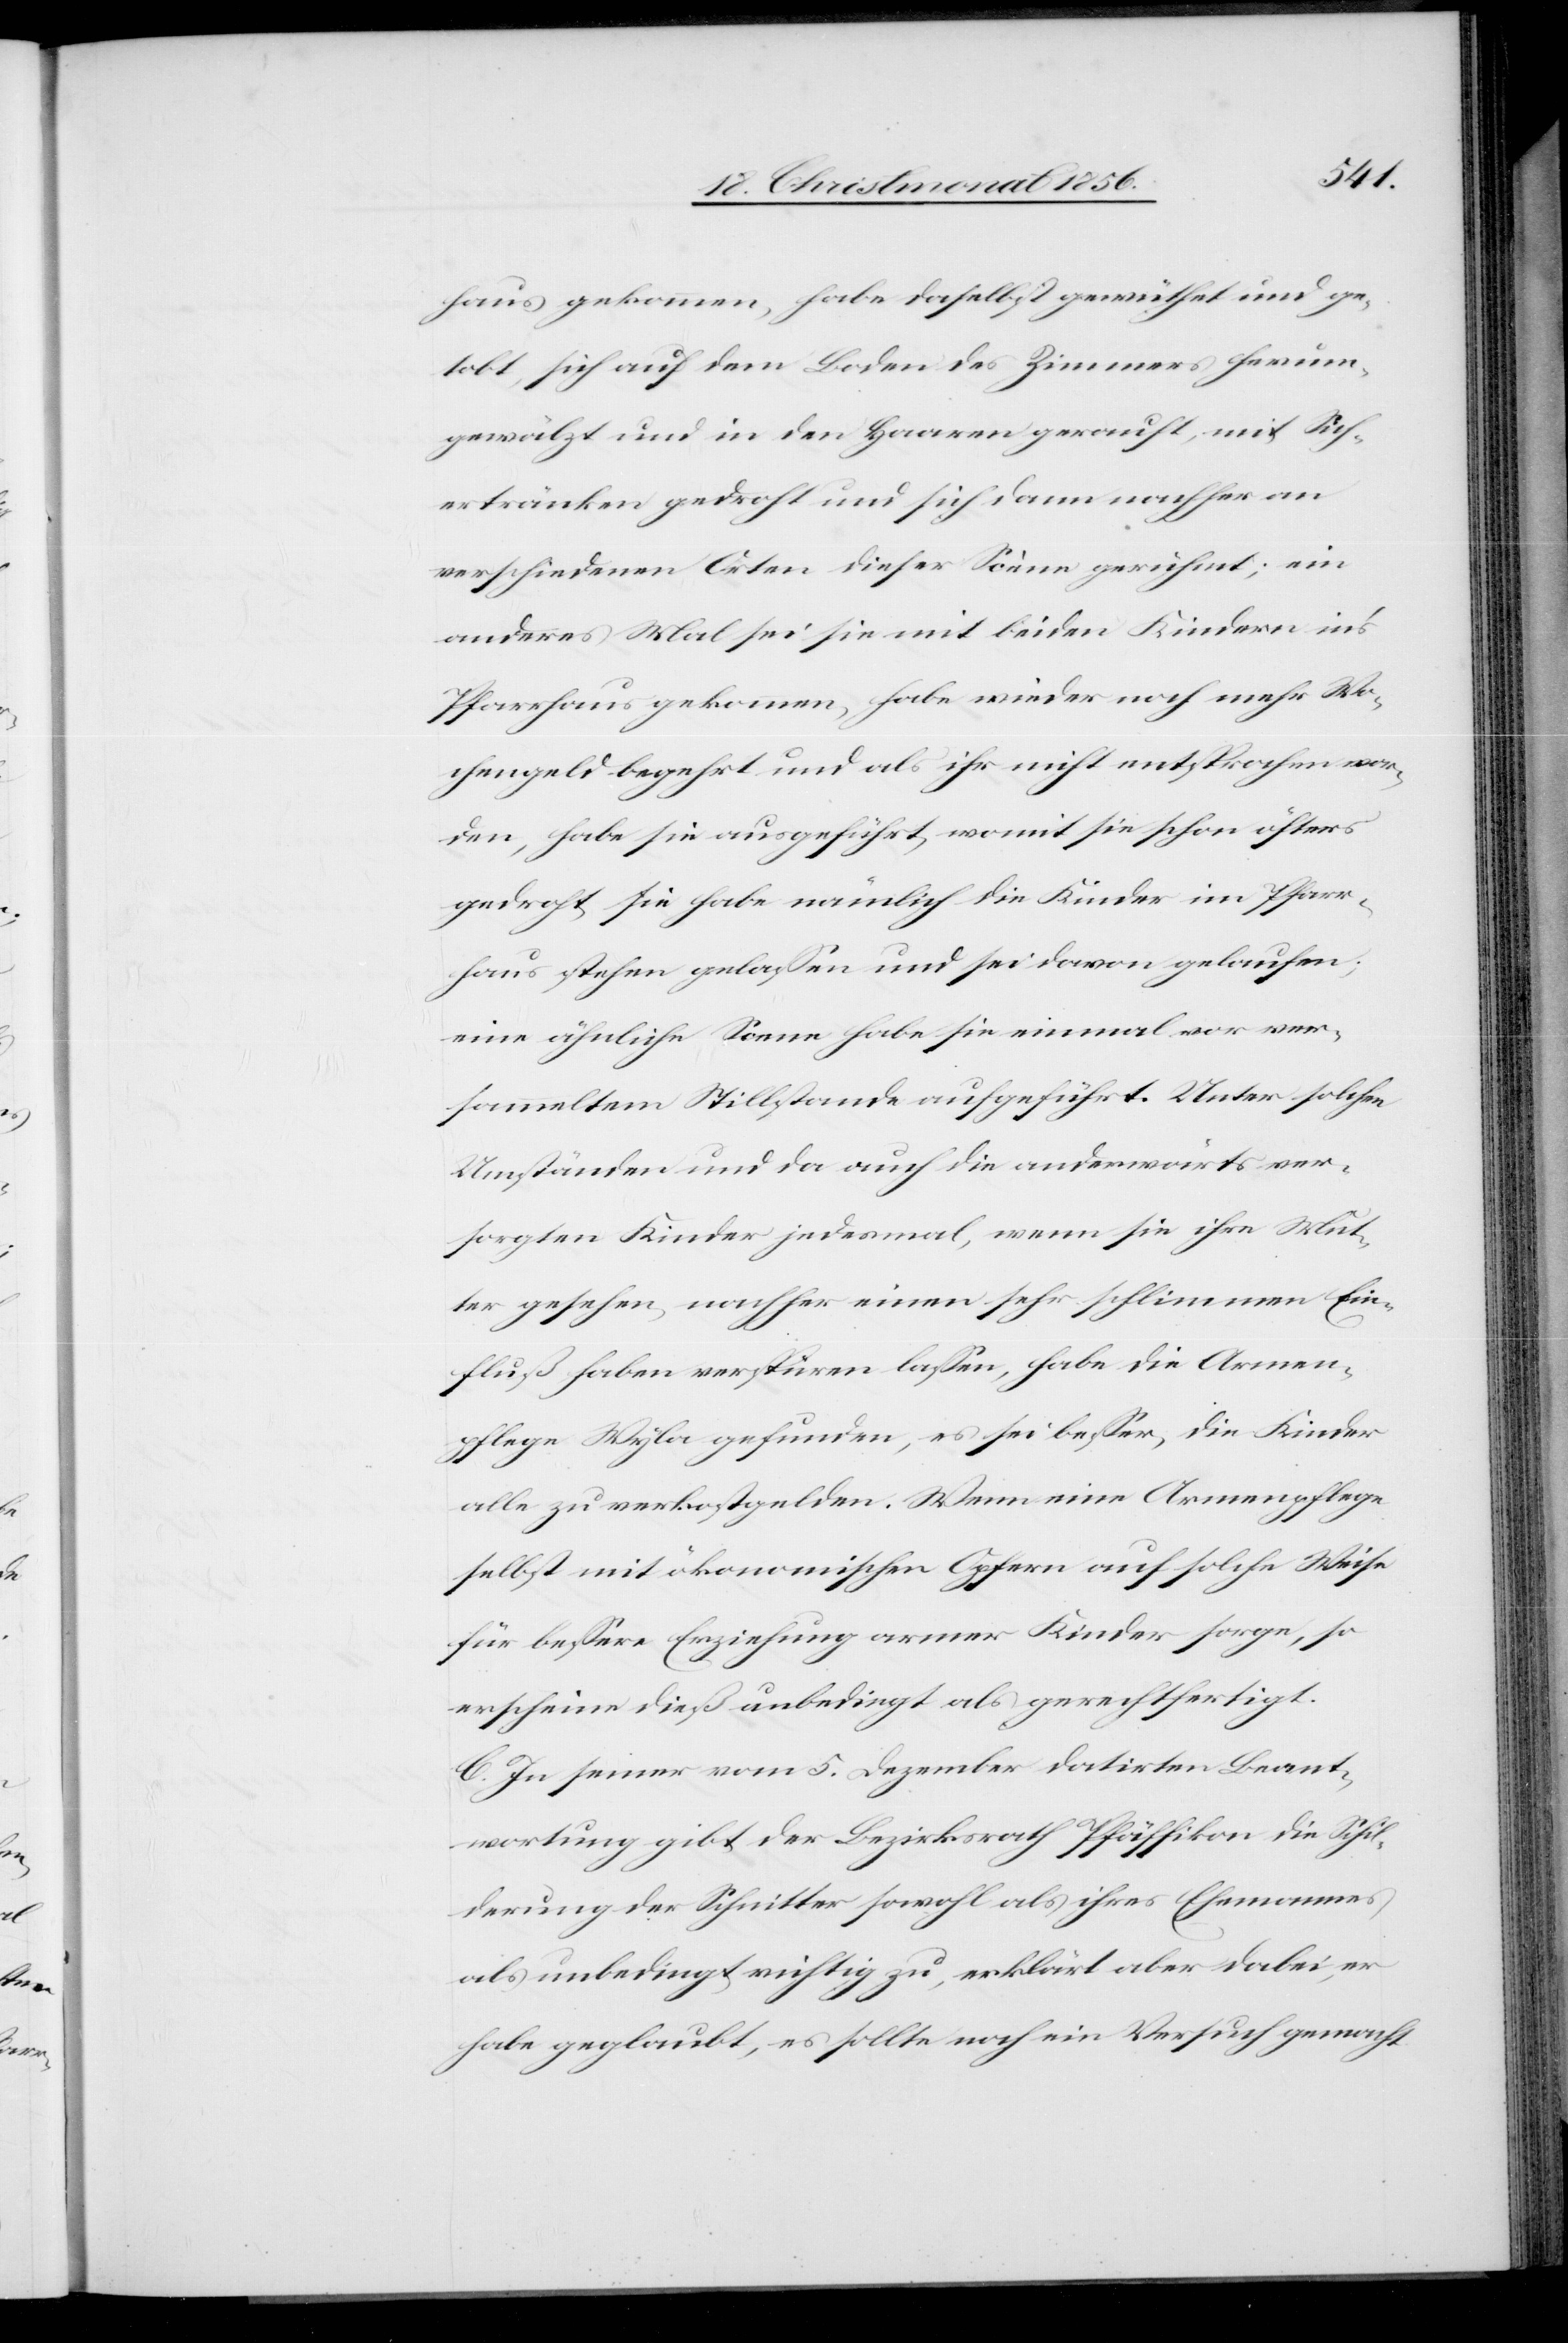
haus gekommen, habe daselbst gewüthet und ge¬
tobt, sich auf dem Boden des Zimmers herum¬
gewälzt und in den Haaren gerauft; mit Sich¬
ertränken gedroht und sich dann nachher an
verschiedenen Orten dieser Scène gerühmt; ein
anderes Mal sei sie mit beiden Kindern in's
Pfarrhaus gekommen, habe wieder noch mehr Wo¬
chengeld begehrt und als ihr nicht entsprochen wor¬
den, habe sie ausgeführt, womit sie schon öfters
gedroht, sie habe nämlich die Kinder im Pfarr¬
haus stehen gelassen und sei davon gelaufen;
eine ähnliche Scene habe sie einmal vor ver¬
sammeltem Stillstande aufgeführt. Unter solchen
Umständen und da auch die anderwärts ver¬
sorgten Kinder jedesmal, wenn sie ihre Mut¬
ter gesehen, nachher einen sehr schlimmen Ein¬
fluß haben verspüren lassen, habe die Armen¬
pflege Wyla gefunden, es sei besser, die Kinder
alle zu verkostgelden. Wenn eine Armenpflege
selbst mit ökonomischen Opfern auf solche Weise
für bessere Erziehung armer Kinder sorge, so
erscheine dieß unbedingt als gerechtfertigt.
C. In seiner vom 5. Dezember datirten Beant¬
wortung gibt der Bezirksrath Pfäffikon die Schil¬
derung der Schnitter sowohl als ihres Ehemannes
als unbedingt richtig zu, erklärt aber dabei, er
habe geglaubt, es sollte noch ein Versuch gemacht